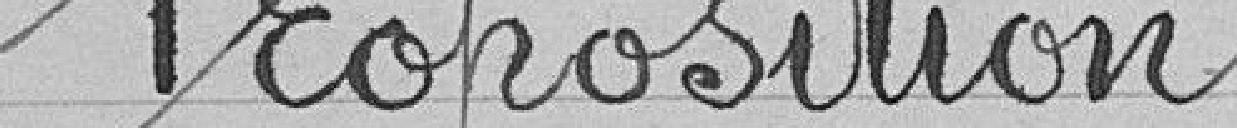
Propostition